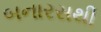
બનારસથી